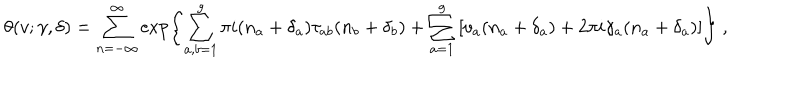
\theta ( v ; \gamma , \delta ) = \sum _ { n = - \infty } ^ { \infty } \exp \left\{ \sum _ { a , b = 1 } ^ { g } \pi i ( n _ { a } + \delta _ { a } ) \tau _ { a b } ( n _ { b } + \delta _ { b } ) + \sum _ { a = 1 } ^ { g } \left[ v _ { a } ( n _ { a } + \delta _ { a } ) + 2 \pi i \gamma _ { a } ( n _ { a } + \delta _ { a } ) \right] \right\} \ ,